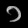
Digit: ၁